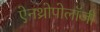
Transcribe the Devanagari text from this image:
ऐनथ्रोपोलॉजी